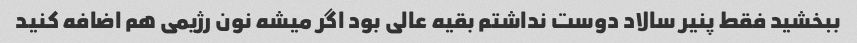
ببخشید فقط پنیر سالاد دوست نداشتم بقیه عالی بود اگر میشه نون رژیمی هم اضافه کنید